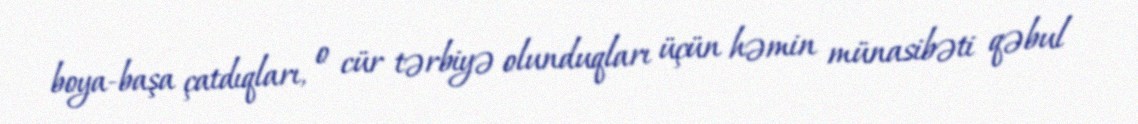
boya-başa çatdıqları, o cür tərbiyə olunduqları üçün həmin münasibəti qəbul